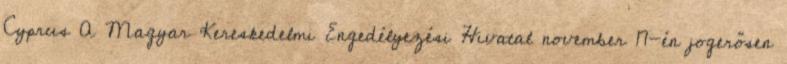
Cyprus A Magyar Kereskedelmi Engedélyezési Hivatal november 17-én jogerősen